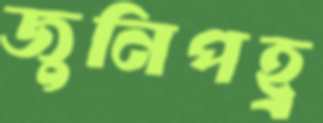
জুনিপহ্র